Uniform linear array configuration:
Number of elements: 64
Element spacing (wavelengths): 0.5
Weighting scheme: binomial
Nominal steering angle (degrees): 60
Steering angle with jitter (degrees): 60.396
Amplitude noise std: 0.05
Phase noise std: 0.05

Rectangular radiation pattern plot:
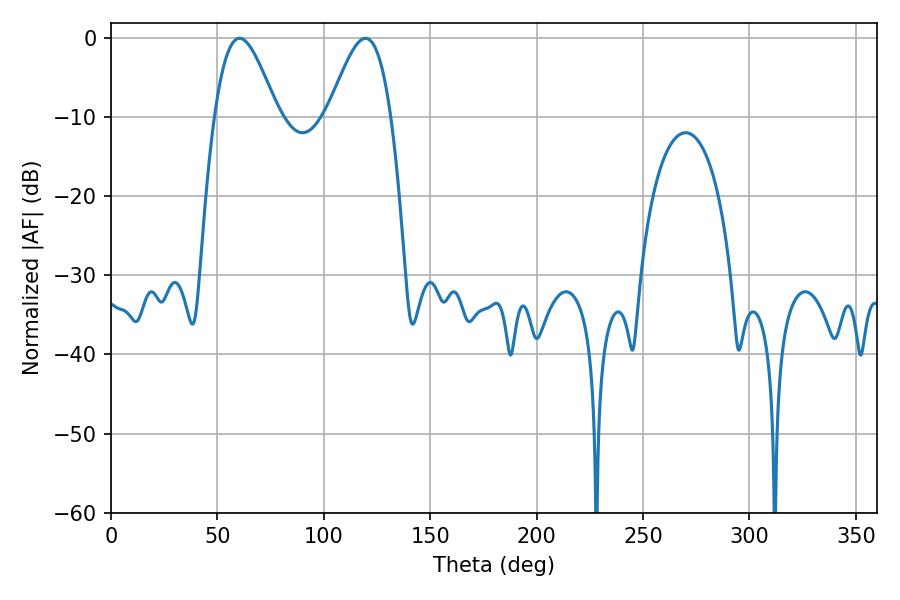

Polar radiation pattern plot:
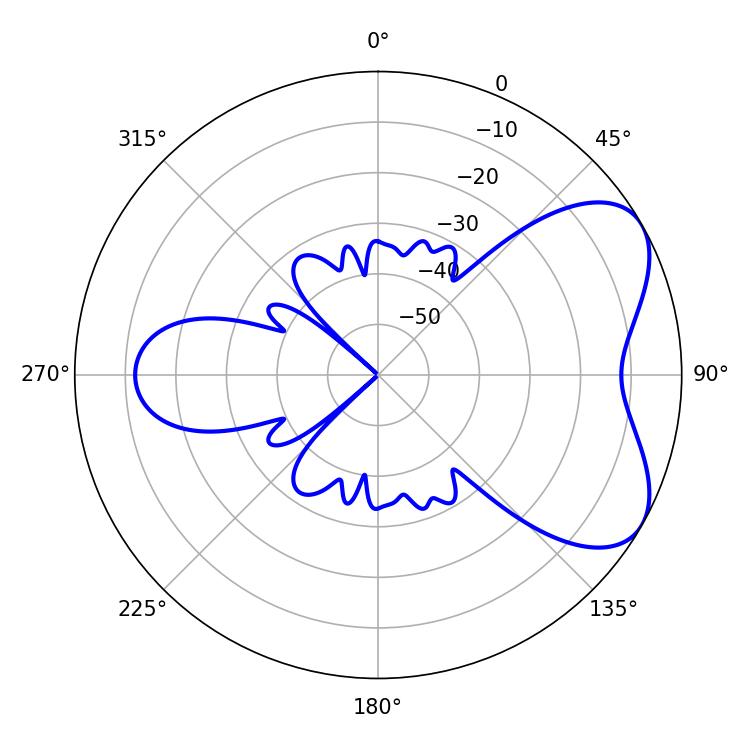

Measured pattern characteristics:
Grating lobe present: FALSE
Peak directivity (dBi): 5.763
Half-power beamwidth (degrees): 15.84
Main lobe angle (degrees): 60.48